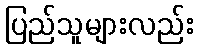
ပြည်သူများလည်း